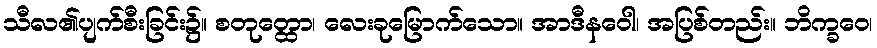
သီလ၏ပျက်စီးခြင်း၌။ စတုတ္ထော၊ လေးခုမြောက်သော။ အာဒီနဝေါ၊ အပြစ်တည်း။ ဘိက္ခဝေ၊